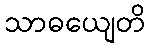
သာဓယျေတိ